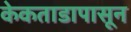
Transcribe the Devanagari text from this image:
केकताडापासून